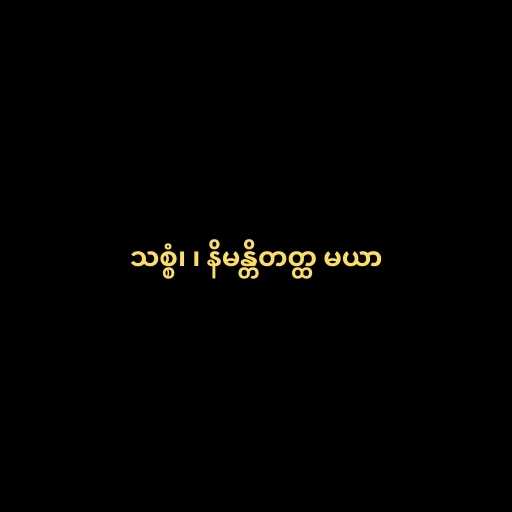
သစ္စံ၊ ၊ နိမန္တိတတ္ထ မယာ